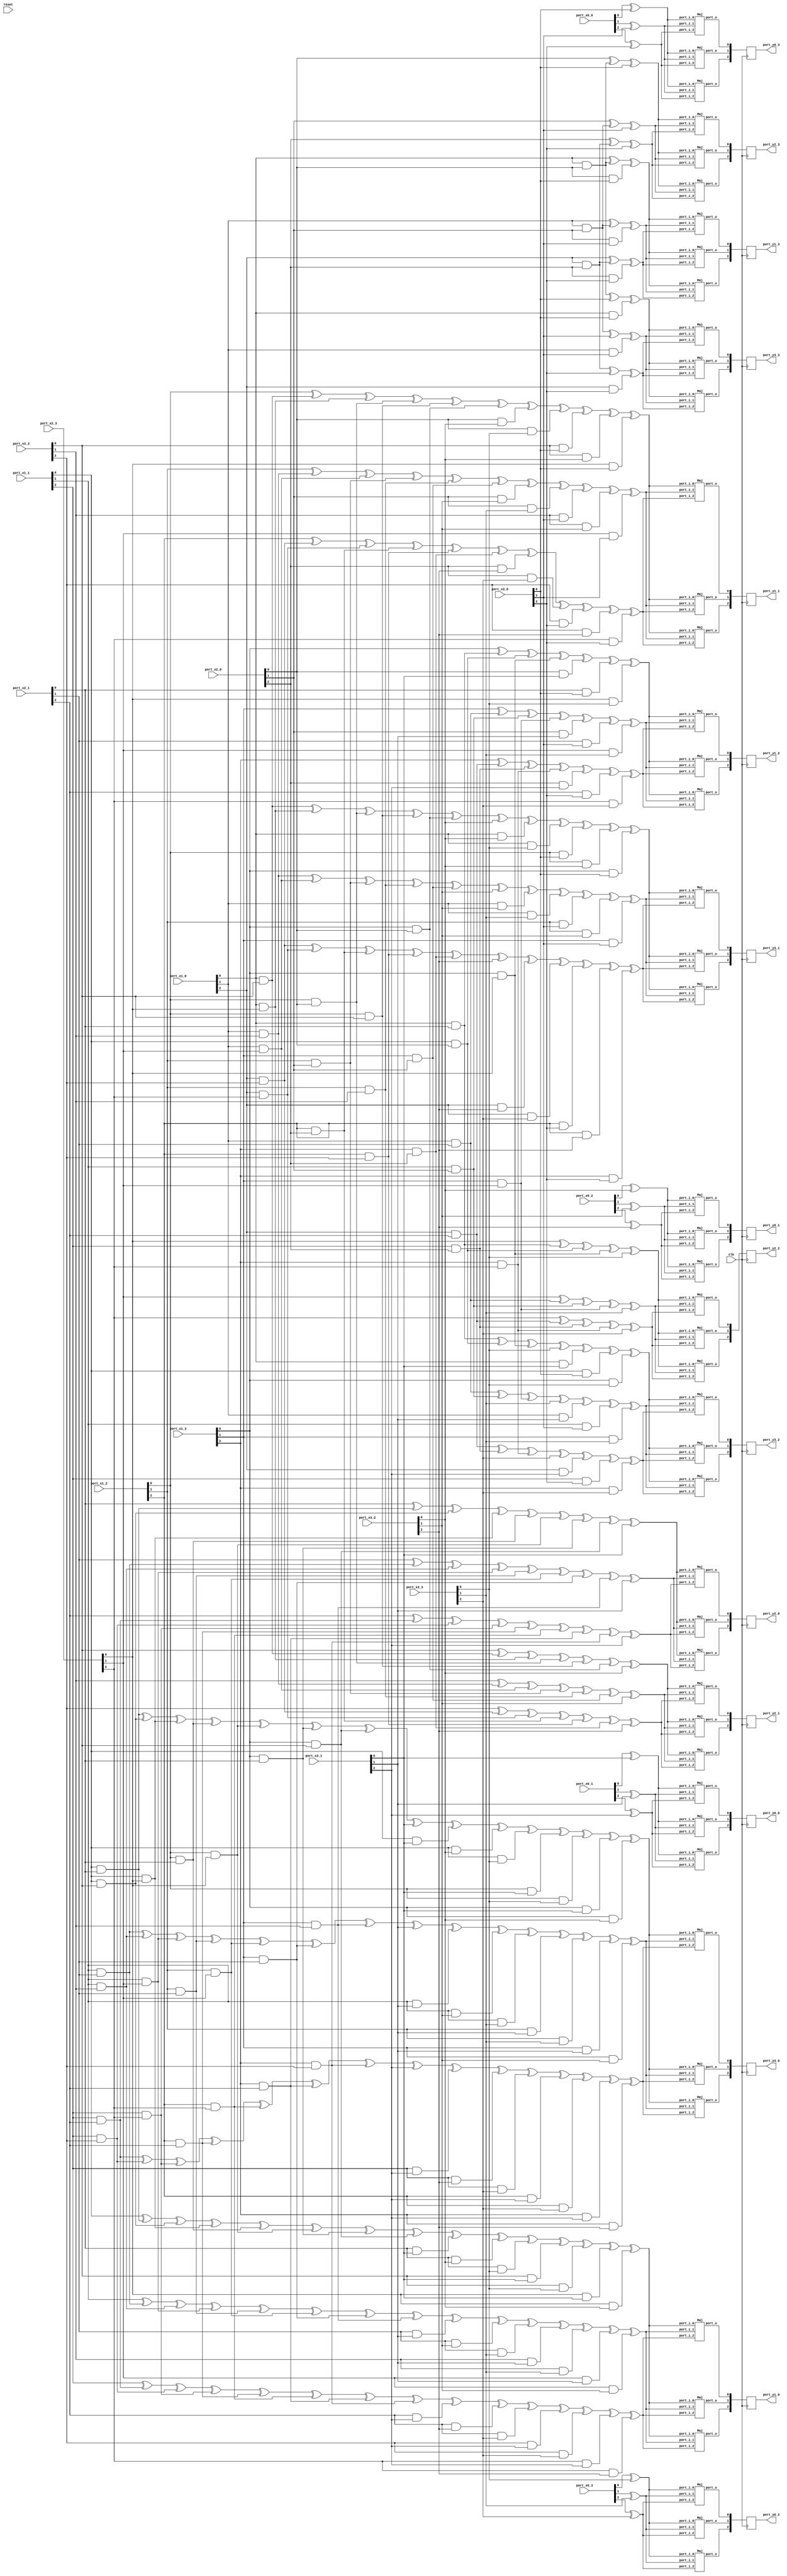
// Generator : SpinalHDL v1.7.3    git head : aeaeece704fe43c766e0d36a93f2ecbb8a9f2003
// Component : Sbox_01234589DC76BAFE_4shares_3replications
// Git hash  : db593c14fe8e83f0a4a5d43cf13325e631d65148

`timescale 1ns/1ps

module Sbox_01234589DC76BAFE_4shares_3replications (
  input      [2:0]    port_x0_0,
  input      [2:0]    port_x0_1,
  input      [2:0]    port_x0_2,
  input      [2:0]    port_x0_3,
  input      [2:0]    port_x1_0,
  input      [2:0]    port_x1_1,
  input      [2:0]    port_x1_2,
  input      [2:0]    port_x1_3,
  input      [2:0]    port_x2_0,
  input      [2:0]    port_x2_1,
  input      [2:0]    port_x2_2,
  input      [2:0]    port_x2_3,
  input      [2:0]    port_x3_0,
  input      [2:0]    port_x3_1,
  input      [2:0]    port_x3_2,
  input      [2:0]    port_x3_3,
  output     [2:0]    port_y0_0,
  output     [2:0]    port_y0_1,
  output     [2:0]    port_y0_2,
  output     [2:0]    port_y0_3,
  output     [2:0]    port_y1_0,
  output     [2:0]    port_y1_1,
  output     [2:0]    port_y1_2,
  output     [2:0]    port_y1_3,
  output     [2:0]    port_y2_0,
  output     [2:0]    port_y2_1,
  output     [2:0]    port_y2_2,
  output     [2:0]    port_y2_3,
  output     [2:0]    port_y3_0,
  output     [2:0]    port_y3_1,
  output     [2:0]    port_y3_2,
  output     [2:0]    port_y3_3,
  input               clk,
  input               reset
);

  wire                maj_48_port_o;
  wire                maj_49_port_o;
  wire                maj_50_port_o;
  wire                maj_51_port_o;
  wire                maj_52_port_o;
  wire                maj_53_port_o;
  wire                maj_54_port_o;
  wire                maj_55_port_o;
  wire                maj_56_port_o;
  wire                maj_57_port_o;
  wire                maj_58_port_o;
  wire                maj_59_port_o;
  wire                maj_60_port_o;
  wire                maj_61_port_o;
  wire                maj_62_port_o;
  wire                maj_63_port_o;
  wire                maj_64_port_o;
  wire                maj_65_port_o;
  wire                maj_66_port_o;
  wire                maj_67_port_o;
  wire                maj_68_port_o;
  wire                maj_69_port_o;
  wire                maj_70_port_o;
  wire                maj_71_port_o;
  wire                maj_72_port_o;
  wire                maj_73_port_o;
  wire                maj_74_port_o;
  wire                maj_75_port_o;
  wire                maj_76_port_o;
  wire                maj_77_port_o;
  wire                maj_78_port_o;
  wire                maj_79_port_o;
  wire                maj_80_port_o;
  wire                maj_81_port_o;
  wire                maj_82_port_o;
  wire                maj_83_port_o;
  wire                maj_84_port_o;
  wire                maj_85_port_o;
  wire                maj_86_port_o;
  wire                maj_87_port_o;
  wire                maj_88_port_o;
  wire                maj_89_port_o;
  wire                maj_90_port_o;
  wire                maj_91_port_o;
  wire                maj_92_port_o;
  wire                maj_93_port_o;
  wire                maj_94_port_o;
  wire                maj_95_port_o;
  wire                _zz_t1_0_0;
  wire                _zz_t1_0_0_1;
  wire                _zz_t1_0_0_2;
  wire                _zz_t1_0_0_3;
  wire                _zz_t1_1_0;
  wire                _zz_t1_1_0_1;
  wire                _zz_t1_1_0_2;
  wire                _zz_t1_1_0_3;
  wire                _zz_t1_0_1;
  wire                _zz_t1_0_1_1;
  wire                _zz_t1_0_1_2;
  wire                _zz_t1_0_1_3;
  wire                _zz_t1_1_1;
  wire                _zz_t1_1_1_1;
  wire                _zz_t1_1_1_2;
  wire                _zz_t1_1_1_3;
  wire                _zz_t1_0_2;
  wire                _zz_t1_0_2_1;
  wire                _zz_t1_0_2_2;
  wire                _zz_t1_0_2_3;
  wire                _zz_t1_1_2;
  wire                _zz_t1_1_2_1;
  wire                _zz_t1_1_2_2;
  wire                _zz_t1_1_2_3;
  wire                _zz_t3_0_0;
  wire                _zz_t3_0_0_1;
  wire                _zz_t3_1_0;
  wire                _zz_t3_1_0_1;
  wire                _zz_t3_1_0_2;
  wire                _zz_t3_1_0_3;
  wire                _zz_t3_0_1;
  wire                _zz_t3_0_1_1;
  wire                _zz_t3_1_1;
  wire                _zz_t3_1_1_1;
  wire                _zz_t3_1_1_2;
  wire                _zz_t3_1_1_3;
  wire                _zz_t3_0_2;
  wire                _zz_t3_0_2_1;
  wire                _zz_t3_1_2;
  wire                _zz_t3_1_2_1;
  wire                _zz_t3_1_2_2;
  wire                _zz_t3_1_2_3;
  wire                t0_0_0;
  wire                t0_0_1;
  wire                t0_0_2;
  wire                t0_1_0;
  wire                t0_1_1;
  wire                t0_1_2;
  wire                t0_2_0;
  wire                t0_2_1;
  wire                t0_2_2;
  wire                t0_3_0;
  wire                t0_3_1;
  wire                t0_3_2;
  reg        [2:0]    reg_y0_0;
  reg        [2:0]    reg_y0_1;
  reg        [2:0]    reg_y0_2;
  reg        [2:0]    reg_y0_3;
  wire                t1_0_0;
  wire                t1_0_1;
  wire                t1_0_2;
  wire                t1_1_0;
  wire                t1_1_1;
  wire                t1_1_2;
  wire                t1_2_0;
  wire                t1_2_1;
  wire                t1_2_2;
  wire                t1_3_0;
  wire                t1_3_1;
  wire                t1_3_2;
  reg        [2:0]    reg_y1_0;
  reg        [2:0]    reg_y1_1;
  reg        [2:0]    reg_y1_2;
  reg        [2:0]    reg_y1_3;
  wire                t2_0_0;
  wire                t2_0_1;
  wire                t2_0_2;
  wire                t2_1_0;
  wire                t2_1_1;
  wire                t2_1_2;
  wire                t2_2_0;
  wire                t2_2_1;
  wire                t2_2_2;
  wire                t2_3_0;
  wire                t2_3_1;
  wire                t2_3_2;
  reg        [2:0]    reg_y2_0;
  reg        [2:0]    reg_y2_1;
  reg        [2:0]    reg_y2_2;
  reg        [2:0]    reg_y2_3;
  wire                t3_0_0;
  wire                t3_0_1;
  wire                t3_0_2;
  wire                t3_1_0;
  wire                t3_1_1;
  wire                t3_1_2;
  wire                t3_2_0;
  wire                t3_2_1;
  wire                t3_2_2;
  wire                t3_3_0;
  wire                t3_3_1;
  wire                t3_3_2;
  reg        [2:0]    reg_y3_0;
  reg        [2:0]    reg_y3_1;
  reg        [2:0]    reg_y3_2;
  reg        [2:0]    reg_y3_3;

  assign _zz_t1_0_0 = (((((port_x1_1[0] ^ (port_x1_1[0] && port_x2_1[0])) ^ (port_x1_1[0] && port_x2_2[0])) ^ (port_x1_1[0] && port_x2_3[0])) ^ (port_x1_2[0] && port_x2_1[0])) ^ (port_x1_2[0] && port_x2_3[0]));
  assign _zz_t1_0_0_1 = (port_x1_3[0] && port_x2_1[0]);
  assign _zz_t1_0_0_2 = port_x1_3[0];
  assign _zz_t1_0_0_3 = port_x2_2[0];
  assign _zz_t1_1_0 = (port_x1_2[0] ^ (port_x1_0[0] && port_x2_2[0]));
  assign _zz_t1_1_0_1 = (port_x1_0[0] && port_x2_3[0]);
  assign _zz_t1_1_0_2 = port_x1_2[0];
  assign _zz_t1_1_0_3 = port_x2_0[0];
  assign _zz_t1_0_1 = (((((port_x1_1[1] ^ (port_x1_1[1] && port_x2_1[1])) ^ (port_x1_1[1] && port_x2_2[1])) ^ (port_x1_1[1] && port_x2_3[1])) ^ (port_x1_2[1] && port_x2_1[1])) ^ (port_x1_2[1] && port_x2_3[1]));
  assign _zz_t1_0_1_1 = (port_x1_3[1] && port_x2_1[1]);
  assign _zz_t1_0_1_2 = port_x1_3[1];
  assign _zz_t1_0_1_3 = port_x2_2[1];
  assign _zz_t1_1_1 = (port_x1_2[1] ^ (port_x1_0[1] && port_x2_2[1]));
  assign _zz_t1_1_1_1 = (port_x1_0[1] && port_x2_3[1]);
  assign _zz_t1_1_1_2 = port_x1_2[1];
  assign _zz_t1_1_1_3 = port_x2_0[1];
  assign _zz_t1_0_2 = (((((port_x1_1[2] ^ (port_x1_1[2] && port_x2_1[2])) ^ (port_x1_1[2] && port_x2_2[2])) ^ (port_x1_1[2] && port_x2_3[2])) ^ (port_x1_2[2] && port_x2_1[2])) ^ (port_x1_2[2] && port_x2_3[2]));
  assign _zz_t1_0_2_1 = (port_x1_3[2] && port_x2_1[2]);
  assign _zz_t1_0_2_2 = port_x1_3[2];
  assign _zz_t1_0_2_3 = port_x2_2[2];
  assign _zz_t1_1_2 = (port_x1_2[2] ^ (port_x1_0[2] && port_x2_2[2]));
  assign _zz_t1_1_2_1 = (port_x1_0[2] && port_x2_3[2]);
  assign _zz_t1_1_2_2 = port_x1_2[2];
  assign _zz_t1_1_2_3 = port_x2_0[2];
  assign _zz_t3_0_0 = ((((((port_x1_1[0] && port_x2_1[0]) ^ (port_x1_1[0] && port_x2_2[0])) ^ (port_x1_1[0] && port_x2_3[0])) ^ (port_x1_2[0] && port_x2_1[0])) ^ (port_x1_2[0] && port_x2_3[0])) ^ (port_x1_3[0] && port_x2_1[0]));
  assign _zz_t3_0_0_1 = (port_x1_3[0] && port_x2_2[0]);
  assign _zz_t3_1_0 = ((port_x1_0[0] && port_x2_2[0]) ^ (port_x1_0[0] && port_x2_3[0]));
  assign _zz_t3_1_0_1 = (port_x1_2[0] && port_x2_0[0]);
  assign _zz_t3_1_0_2 = port_x1_2[0];
  assign _zz_t3_1_0_3 = port_x2_2[0];
  assign _zz_t3_0_1 = ((((((port_x1_1[1] && port_x2_1[1]) ^ (port_x1_1[1] && port_x2_2[1])) ^ (port_x1_1[1] && port_x2_3[1])) ^ (port_x1_2[1] && port_x2_1[1])) ^ (port_x1_2[1] && port_x2_3[1])) ^ (port_x1_3[1] && port_x2_1[1]));
  assign _zz_t3_0_1_1 = (port_x1_3[1] && port_x2_2[1]);
  assign _zz_t3_1_1 = ((port_x1_0[1] && port_x2_2[1]) ^ (port_x1_0[1] && port_x2_3[1]));
  assign _zz_t3_1_1_1 = (port_x1_2[1] && port_x2_0[1]);
  assign _zz_t3_1_1_2 = port_x1_2[1];
  assign _zz_t3_1_1_3 = port_x2_2[1];
  assign _zz_t3_0_2 = ((((((port_x1_1[2] && port_x2_1[2]) ^ (port_x1_1[2] && port_x2_2[2])) ^ (port_x1_1[2] && port_x2_3[2])) ^ (port_x1_2[2] && port_x2_1[2])) ^ (port_x1_2[2] && port_x2_3[2])) ^ (port_x1_3[2] && port_x2_1[2]));
  assign _zz_t3_0_2_1 = (port_x1_3[2] && port_x2_2[2]);
  assign _zz_t3_1_2 = ((port_x1_0[2] && port_x2_2[2]) ^ (port_x1_0[2] && port_x2_3[2]));
  assign _zz_t3_1_2_1 = (port_x1_2[2] && port_x2_0[2]);
  assign _zz_t3_1_2_2 = port_x1_2[2];
  assign _zz_t3_1_2_3 = port_x2_2[2];
  Maj maj_48 (
    .port_i_0 (t0_0_0       ), //i
    .port_i_1 (t0_0_1       ), //i
    .port_i_2 (t0_0_2       ), //i
    .port_o   (maj_48_port_o)  //o
  );
  Maj maj_49 (
    .port_i_0 (t0_1_0       ), //i
    .port_i_1 (t0_1_1       ), //i
    .port_i_2 (t0_1_2       ), //i
    .port_o   (maj_49_port_o)  //o
  );
  Maj maj_50 (
    .port_i_0 (t0_2_0       ), //i
    .port_i_1 (t0_2_1       ), //i
    .port_i_2 (t0_2_2       ), //i
    .port_o   (maj_50_port_o)  //o
  );
  Maj maj_51 (
    .port_i_0 (t0_3_0       ), //i
    .port_i_1 (t0_3_1       ), //i
    .port_i_2 (t0_3_2       ), //i
    .port_o   (maj_51_port_o)  //o
  );
  Maj maj_52 (
    .port_i_0 (t0_0_0       ), //i
    .port_i_1 (t0_0_1       ), //i
    .port_i_2 (t0_0_2       ), //i
    .port_o   (maj_52_port_o)  //o
  );
  Maj maj_53 (
    .port_i_0 (t0_1_0       ), //i
    .port_i_1 (t0_1_1       ), //i
    .port_i_2 (t0_1_2       ), //i
    .port_o   (maj_53_port_o)  //o
  );
  Maj maj_54 (
    .port_i_0 (t0_2_0       ), //i
    .port_i_1 (t0_2_1       ), //i
    .port_i_2 (t0_2_2       ), //i
    .port_o   (maj_54_port_o)  //o
  );
  Maj maj_55 (
    .port_i_0 (t0_3_0       ), //i
    .port_i_1 (t0_3_1       ), //i
    .port_i_2 (t0_3_2       ), //i
    .port_o   (maj_55_port_o)  //o
  );
  Maj maj_56 (
    .port_i_0 (t0_0_0       ), //i
    .port_i_1 (t0_0_1       ), //i
    .port_i_2 (t0_0_2       ), //i
    .port_o   (maj_56_port_o)  //o
  );
  Maj maj_57 (
    .port_i_0 (t0_1_0       ), //i
    .port_i_1 (t0_1_1       ), //i
    .port_i_2 (t0_1_2       ), //i
    .port_o   (maj_57_port_o)  //o
  );
  Maj maj_58 (
    .port_i_0 (t0_2_0       ), //i
    .port_i_1 (t0_2_1       ), //i
    .port_i_2 (t0_2_2       ), //i
    .port_o   (maj_58_port_o)  //o
  );
  Maj maj_59 (
    .port_i_0 (t0_3_0       ), //i
    .port_i_1 (t0_3_1       ), //i
    .port_i_2 (t0_3_2       ), //i
    .port_o   (maj_59_port_o)  //o
  );
  Maj maj_60 (
    .port_i_0 (t1_0_0       ), //i
    .port_i_1 (t1_0_1       ), //i
    .port_i_2 (t1_0_2       ), //i
    .port_o   (maj_60_port_o)  //o
  );
  Maj maj_61 (
    .port_i_0 (t1_1_0       ), //i
    .port_i_1 (t1_1_1       ), //i
    .port_i_2 (t1_1_2       ), //i
    .port_o   (maj_61_port_o)  //o
  );
  Maj maj_62 (
    .port_i_0 (t1_2_0       ), //i
    .port_i_1 (t1_2_1       ), //i
    .port_i_2 (t1_2_2       ), //i
    .port_o   (maj_62_port_o)  //o
  );
  Maj maj_63 (
    .port_i_0 (t1_3_0       ), //i
    .port_i_1 (t1_3_1       ), //i
    .port_i_2 (t1_3_2       ), //i
    .port_o   (maj_63_port_o)  //o
  );
  Maj maj_64 (
    .port_i_0 (t1_0_0       ), //i
    .port_i_1 (t1_0_1       ), //i
    .port_i_2 (t1_0_2       ), //i
    .port_o   (maj_64_port_o)  //o
  );
  Maj maj_65 (
    .port_i_0 (t1_1_0       ), //i
    .port_i_1 (t1_1_1       ), //i
    .port_i_2 (t1_1_2       ), //i
    .port_o   (maj_65_port_o)  //o
  );
  Maj maj_66 (
    .port_i_0 (t1_2_0       ), //i
    .port_i_1 (t1_2_1       ), //i
    .port_i_2 (t1_2_2       ), //i
    .port_o   (maj_66_port_o)  //o
  );
  Maj maj_67 (
    .port_i_0 (t1_3_0       ), //i
    .port_i_1 (t1_3_1       ), //i
    .port_i_2 (t1_3_2       ), //i
    .port_o   (maj_67_port_o)  //o
  );
  Maj maj_68 (
    .port_i_0 (t1_0_0       ), //i
    .port_i_1 (t1_0_1       ), //i
    .port_i_2 (t1_0_2       ), //i
    .port_o   (maj_68_port_o)  //o
  );
  Maj maj_69 (
    .port_i_0 (t1_1_0       ), //i
    .port_i_1 (t1_1_1       ), //i
    .port_i_2 (t1_1_2       ), //i
    .port_o   (maj_69_port_o)  //o
  );
  Maj maj_70 (
    .port_i_0 (t1_2_0       ), //i
    .port_i_1 (t1_2_1       ), //i
    .port_i_2 (t1_2_2       ), //i
    .port_o   (maj_70_port_o)  //o
  );
  Maj maj_71 (
    .port_i_0 (t1_3_0       ), //i
    .port_i_1 (t1_3_1       ), //i
    .port_i_2 (t1_3_2       ), //i
    .port_o   (maj_71_port_o)  //o
  );
  Maj maj_72 (
    .port_i_0 (t2_0_0       ), //i
    .port_i_1 (t2_0_1       ), //i
    .port_i_2 (t2_0_2       ), //i
    .port_o   (maj_72_port_o)  //o
  );
  Maj maj_73 (
    .port_i_0 (t2_1_0       ), //i
    .port_i_1 (t2_1_1       ), //i
    .port_i_2 (t2_1_2       ), //i
    .port_o   (maj_73_port_o)  //o
  );
  Maj maj_74 (
    .port_i_0 (t2_2_0       ), //i
    .port_i_1 (t2_2_1       ), //i
    .port_i_2 (t2_2_2       ), //i
    .port_o   (maj_74_port_o)  //o
  );
  Maj maj_75 (
    .port_i_0 (t2_3_0       ), //i
    .port_i_1 (t2_3_1       ), //i
    .port_i_2 (t2_3_2       ), //i
    .port_o   (maj_75_port_o)  //o
  );
  Maj maj_76 (
    .port_i_0 (t2_0_0       ), //i
    .port_i_1 (t2_0_1       ), //i
    .port_i_2 (t2_0_2       ), //i
    .port_o   (maj_76_port_o)  //o
  );
  Maj maj_77 (
    .port_i_0 (t2_1_0       ), //i
    .port_i_1 (t2_1_1       ), //i
    .port_i_2 (t2_1_2       ), //i
    .port_o   (maj_77_port_o)  //o
  );
  Maj maj_78 (
    .port_i_0 (t2_2_0       ), //i
    .port_i_1 (t2_2_1       ), //i
    .port_i_2 (t2_2_2       ), //i
    .port_o   (maj_78_port_o)  //o
  );
  Maj maj_79 (
    .port_i_0 (t2_3_0       ), //i
    .port_i_1 (t2_3_1       ), //i
    .port_i_2 (t2_3_2       ), //i
    .port_o   (maj_79_port_o)  //o
  );
  Maj maj_80 (
    .port_i_0 (t2_0_0       ), //i
    .port_i_1 (t2_0_1       ), //i
    .port_i_2 (t2_0_2       ), //i
    .port_o   (maj_80_port_o)  //o
  );
  Maj maj_81 (
    .port_i_0 (t2_1_0       ), //i
    .port_i_1 (t2_1_1       ), //i
    .port_i_2 (t2_1_2       ), //i
    .port_o   (maj_81_port_o)  //o
  );
  Maj maj_82 (
    .port_i_0 (t2_2_0       ), //i
    .port_i_1 (t2_2_1       ), //i
    .port_i_2 (t2_2_2       ), //i
    .port_o   (maj_82_port_o)  //o
  );
  Maj maj_83 (
    .port_i_0 (t2_3_0       ), //i
    .port_i_1 (t2_3_1       ), //i
    .port_i_2 (t2_3_2       ), //i
    .port_o   (maj_83_port_o)  //o
  );
  Maj maj_84 (
    .port_i_0 (t3_0_0       ), //i
    .port_i_1 (t3_0_1       ), //i
    .port_i_2 (t3_0_2       ), //i
    .port_o   (maj_84_port_o)  //o
  );
  Maj maj_85 (
    .port_i_0 (t3_1_0       ), //i
    .port_i_1 (t3_1_1       ), //i
    .port_i_2 (t3_1_2       ), //i
    .port_o   (maj_85_port_o)  //o
  );
  Maj maj_86 (
    .port_i_0 (t3_2_0       ), //i
    .port_i_1 (t3_2_1       ), //i
    .port_i_2 (t3_2_2       ), //i
    .port_o   (maj_86_port_o)  //o
  );
  Maj maj_87 (
    .port_i_0 (t3_3_0       ), //i
    .port_i_1 (t3_3_1       ), //i
    .port_i_2 (t3_3_2       ), //i
    .port_o   (maj_87_port_o)  //o
  );
  Maj maj_88 (
    .port_i_0 (t3_0_0       ), //i
    .port_i_1 (t3_0_1       ), //i
    .port_i_2 (t3_0_2       ), //i
    .port_o   (maj_88_port_o)  //o
  );
  Maj maj_89 (
    .port_i_0 (t3_1_0       ), //i
    .port_i_1 (t3_1_1       ), //i
    .port_i_2 (t3_1_2       ), //i
    .port_o   (maj_89_port_o)  //o
  );
  Maj maj_90 (
    .port_i_0 (t3_2_0       ), //i
    .port_i_1 (t3_2_1       ), //i
    .port_i_2 (t3_2_2       ), //i
    .port_o   (maj_90_port_o)  //o
  );
  Maj maj_91 (
    .port_i_0 (t3_3_0       ), //i
    .port_i_1 (t3_3_1       ), //i
    .port_i_2 (t3_3_2       ), //i
    .port_o   (maj_91_port_o)  //o
  );
  Maj maj_92 (
    .port_i_0 (t3_0_0       ), //i
    .port_i_1 (t3_0_1       ), //i
    .port_i_2 (t3_0_2       ), //i
    .port_o   (maj_92_port_o)  //o
  );
  Maj maj_93 (
    .port_i_0 (t3_1_0       ), //i
    .port_i_1 (t3_1_1       ), //i
    .port_i_2 (t3_1_2       ), //i
    .port_o   (maj_93_port_o)  //o
  );
  Maj maj_94 (
    .port_i_0 (t3_2_0       ), //i
    .port_i_1 (t3_2_1       ), //i
    .port_i_2 (t3_2_2       ), //i
    .port_o   (maj_94_port_o)  //o
  );
  Maj maj_95 (
    .port_i_0 (t3_3_0       ), //i
    .port_i_1 (t3_3_1       ), //i
    .port_i_2 (t3_3_2       ), //i
    .port_o   (maj_95_port_o)  //o
  );
  assign t0_0_0 = (port_x0_1[0] ^ port_x3_1[0]);
  assign t0_1_0 = (port_x0_2[0] ^ port_x3_2[0]);
  assign t0_2_0 = (port_x0_3[0] ^ port_x3_3[0]);
  assign t0_3_0 = (port_x0_0[0] ^ port_x3_0[0]);
  assign t0_0_1 = (port_x0_1[1] ^ port_x3_1[1]);
  assign t0_1_1 = (port_x0_2[1] ^ port_x3_2[1]);
  assign t0_2_1 = (port_x0_3[1] ^ port_x3_3[1]);
  assign t0_3_1 = (port_x0_0[1] ^ port_x3_0[1]);
  assign t0_0_2 = (port_x0_1[2] ^ port_x3_1[2]);
  assign t0_1_2 = (port_x0_2[2] ^ port_x3_2[2]);
  assign t0_2_2 = (port_x0_3[2] ^ port_x3_3[2]);
  assign t0_3_2 = (port_x0_0[2] ^ port_x3_0[2]);
  assign port_y0_0 = reg_y0_0;
  assign port_y0_1 = reg_y0_1;
  assign port_y0_2 = reg_y0_2;
  assign port_y0_3 = reg_y0_3;
  assign t1_0_0 = (((((((((_zz_t1_0_0 ^ _zz_t1_0_0_1) ^ (_zz_t1_0_0_2 && _zz_t1_0_0_3)) ^ (port_x2_1[0] && port_x3_1[0])) ^ (port_x2_1[0] && port_x3_2[0])) ^ (port_x2_1[0] && port_x3_3[0])) ^ (port_x2_2[0] && port_x3_1[0])) ^ (port_x2_2[0] && port_x3_3[0])) ^ (port_x2_3[0] && port_x3_1[0])) ^ (port_x2_3[0] && port_x3_2[0]));
  assign t1_1_0 = (((((((((_zz_t1_1_0 ^ _zz_t1_1_0_1) ^ (_zz_t1_1_0_2 && _zz_t1_1_0_3)) ^ (port_x1_2[0] && port_x2_2[0])) ^ (port_x1_3[0] && port_x2_0[0])) ^ (port_x2_0[0] && port_x3_2[0])) ^ (port_x2_0[0] && port_x3_3[0])) ^ (port_x2_2[0] && port_x3_0[0])) ^ (port_x2_2[0] && port_x3_2[0])) ^ (port_x2_3[0] && port_x3_0[0]));
  assign t1_2_0 = ((((((port_x1_3[0] ^ (port_x1_0[0] && port_x2_1[0])) ^ (port_x1_1[0] && port_x2_0[0])) ^ (port_x1_3[0] && port_x2_3[0])) ^ (port_x2_0[0] && port_x3_1[0])) ^ (port_x2_1[0] && port_x3_0[0])) ^ (port_x2_3[0] && port_x3_3[0]));
  assign t1_3_0 = ((port_x1_0[0] ^ (port_x1_0[0] && port_x2_0[0])) ^ (port_x2_0[0] && port_x3_0[0]));
  assign t1_0_1 = (((((((((_zz_t1_0_1 ^ _zz_t1_0_1_1) ^ (_zz_t1_0_1_2 && _zz_t1_0_1_3)) ^ (port_x2_1[1] && port_x3_1[1])) ^ (port_x2_1[1] && port_x3_2[1])) ^ (port_x2_1[1] && port_x3_3[1])) ^ (port_x2_2[1] && port_x3_1[1])) ^ (port_x2_2[1] && port_x3_3[1])) ^ (port_x2_3[1] && port_x3_1[1])) ^ (port_x2_3[1] && port_x3_2[1]));
  assign t1_1_1 = (((((((((_zz_t1_1_1 ^ _zz_t1_1_1_1) ^ (_zz_t1_1_1_2 && _zz_t1_1_1_3)) ^ (port_x1_2[1] && port_x2_2[1])) ^ (port_x1_3[1] && port_x2_0[1])) ^ (port_x2_0[1] && port_x3_2[1])) ^ (port_x2_0[1] && port_x3_3[1])) ^ (port_x2_2[1] && port_x3_0[1])) ^ (port_x2_2[1] && port_x3_2[1])) ^ (port_x2_3[1] && port_x3_0[1]));
  assign t1_2_1 = ((((((port_x1_3[1] ^ (port_x1_0[1] && port_x2_1[1])) ^ (port_x1_1[1] && port_x2_0[1])) ^ (port_x1_3[1] && port_x2_3[1])) ^ (port_x2_0[1] && port_x3_1[1])) ^ (port_x2_1[1] && port_x3_0[1])) ^ (port_x2_3[1] && port_x3_3[1]));
  assign t1_3_1 = ((port_x1_0[1] ^ (port_x1_0[1] && port_x2_0[1])) ^ (port_x2_0[1] && port_x3_0[1]));
  assign t1_0_2 = (((((((((_zz_t1_0_2 ^ _zz_t1_0_2_1) ^ (_zz_t1_0_2_2 && _zz_t1_0_2_3)) ^ (port_x2_1[2] && port_x3_1[2])) ^ (port_x2_1[2] && port_x3_2[2])) ^ (port_x2_1[2] && port_x3_3[2])) ^ (port_x2_2[2] && port_x3_1[2])) ^ (port_x2_2[2] && port_x3_3[2])) ^ (port_x2_3[2] && port_x3_1[2])) ^ (port_x2_3[2] && port_x3_2[2]));
  assign t1_1_2 = (((((((((_zz_t1_1_2 ^ _zz_t1_1_2_1) ^ (_zz_t1_1_2_2 && _zz_t1_1_2_3)) ^ (port_x1_2[2] && port_x2_2[2])) ^ (port_x1_3[2] && port_x2_0[2])) ^ (port_x2_0[2] && port_x3_2[2])) ^ (port_x2_0[2] && port_x3_3[2])) ^ (port_x2_2[2] && port_x3_0[2])) ^ (port_x2_2[2] && port_x3_2[2])) ^ (port_x2_3[2] && port_x3_0[2]));
  assign t1_2_2 = ((((((port_x1_3[2] ^ (port_x1_0[2] && port_x2_1[2])) ^ (port_x1_1[2] && port_x2_0[2])) ^ (port_x1_3[2] && port_x2_3[2])) ^ (port_x2_0[2] && port_x3_1[2])) ^ (port_x2_1[2] && port_x3_0[2])) ^ (port_x2_3[2] && port_x3_3[2]));
  assign t1_3_2 = ((port_x1_0[2] ^ (port_x1_0[2] && port_x2_0[2])) ^ (port_x2_0[2] && port_x3_0[2]));
  assign port_y1_0 = reg_y1_0;
  assign port_y1_1 = reg_y1_1;
  assign port_y1_2 = reg_y1_2;
  assign port_y1_3 = reg_y1_3;
  assign t2_0_0 = ((((((((port_x2_1[0] ^ (port_x1_1[0] && port_x2_1[0])) ^ (port_x1_1[0] && port_x2_2[0])) ^ (port_x1_1[0] && port_x2_3[0])) ^ (port_x1_2[0] && port_x2_1[0])) ^ (port_x1_2[0] && port_x2_3[0])) ^ (port_x1_3[0] && port_x2_1[0])) ^ (port_x1_3[0] && port_x2_2[0])) ^ port_x3_1[0]);
  assign t2_1_0 = ((((((port_x2_2[0] ^ (port_x1_0[0] && port_x2_2[0])) ^ (port_x1_0[0] && port_x2_3[0])) ^ (port_x1_2[0] && port_x2_0[0])) ^ (port_x1_2[0] && port_x2_2[0])) ^ (port_x1_3[0] && port_x2_0[0])) ^ port_x3_2[0]);
  assign t2_2_0 = ((((port_x2_3[0] ^ (port_x1_0[0] && port_x2_1[0])) ^ (port_x1_1[0] && port_x2_0[0])) ^ (port_x1_3[0] && port_x2_3[0])) ^ port_x3_3[0]);
  assign t2_3_0 = ((port_x2_0[0] ^ (port_x1_0[0] && port_x2_0[0])) ^ port_x3_0[0]);
  assign t2_0_1 = ((((((((port_x2_1[1] ^ (port_x1_1[1] && port_x2_1[1])) ^ (port_x1_1[1] && port_x2_2[1])) ^ (port_x1_1[1] && port_x2_3[1])) ^ (port_x1_2[1] && port_x2_1[1])) ^ (port_x1_2[1] && port_x2_3[1])) ^ (port_x1_3[1] && port_x2_1[1])) ^ (port_x1_3[1] && port_x2_2[1])) ^ port_x3_1[1]);
  assign t2_1_1 = ((((((port_x2_2[1] ^ (port_x1_0[1] && port_x2_2[1])) ^ (port_x1_0[1] && port_x2_3[1])) ^ (port_x1_2[1] && port_x2_0[1])) ^ (port_x1_2[1] && port_x2_2[1])) ^ (port_x1_3[1] && port_x2_0[1])) ^ port_x3_2[1]);
  assign t2_2_1 = ((((port_x2_3[1] ^ (port_x1_0[1] && port_x2_1[1])) ^ (port_x1_1[1] && port_x2_0[1])) ^ (port_x1_3[1] && port_x2_3[1])) ^ port_x3_3[1]);
  assign t2_3_1 = ((port_x2_0[1] ^ (port_x1_0[1] && port_x2_0[1])) ^ port_x3_0[1]);
  assign t2_0_2 = ((((((((port_x2_1[2] ^ (port_x1_1[2] && port_x2_1[2])) ^ (port_x1_1[2] && port_x2_2[2])) ^ (port_x1_1[2] && port_x2_3[2])) ^ (port_x1_2[2] && port_x2_1[2])) ^ (port_x1_2[2] && port_x2_3[2])) ^ (port_x1_3[2] && port_x2_1[2])) ^ (port_x1_3[2] && port_x2_2[2])) ^ port_x3_1[2]);
  assign t2_1_2 = ((((((port_x2_2[2] ^ (port_x1_0[2] && port_x2_2[2])) ^ (port_x1_0[2] && port_x2_3[2])) ^ (port_x1_2[2] && port_x2_0[2])) ^ (port_x1_2[2] && port_x2_2[2])) ^ (port_x1_3[2] && port_x2_0[2])) ^ port_x3_2[2]);
  assign t2_2_2 = ((((port_x2_3[2] ^ (port_x1_0[2] && port_x2_1[2])) ^ (port_x1_1[2] && port_x2_0[2])) ^ (port_x1_3[2] && port_x2_3[2])) ^ port_x3_3[2]);
  assign t2_3_2 = ((port_x2_0[2] ^ (port_x1_0[2] && port_x2_0[2])) ^ port_x3_0[2]);
  assign port_y2_0 = reg_y2_0;
  assign port_y2_1 = reg_y2_1;
  assign port_y2_2 = reg_y2_2;
  assign port_y2_3 = reg_y2_3;
  assign t3_0_0 = (((((((((_zz_t3_0_0 ^ _zz_t3_0_0_1) ^ port_x3_1[0]) ^ (port_x1_1[0] && port_x3_1[0])) ^ (port_x1_1[0] && port_x3_2[0])) ^ (port_x1_1[0] && port_x3_3[0])) ^ (port_x1_2[0] && port_x3_1[0])) ^ (port_x1_2[0] && port_x3_3[0])) ^ (port_x1_3[0] && port_x3_1[0])) ^ (port_x1_3[0] && port_x3_2[0]));
  assign t3_1_0 = (((((((((_zz_t3_1_0 ^ _zz_t3_1_0_1) ^ (_zz_t3_1_0_2 && _zz_t3_1_0_3)) ^ (port_x1_3[0] && port_x2_0[0])) ^ port_x3_2[0]) ^ (port_x1_0[0] && port_x3_2[0])) ^ (port_x1_0[0] && port_x3_3[0])) ^ (port_x1_2[0] && port_x3_0[0])) ^ (port_x1_2[0] && port_x3_2[0])) ^ (port_x1_3[0] && port_x3_0[0]));
  assign t3_2_0 = (((((((port_x1_0[0] && port_x2_1[0]) ^ (port_x1_1[0] && port_x2_0[0])) ^ (port_x1_3[0] && port_x2_3[0])) ^ port_x3_3[0]) ^ (port_x1_0[0] && port_x3_1[0])) ^ (port_x1_1[0] && port_x3_0[0])) ^ (port_x1_3[0] && port_x3_3[0]));
  assign t3_3_0 = (((port_x1_0[0] && port_x2_0[0]) ^ port_x3_0[0]) ^ (port_x1_0[0] && port_x3_0[0]));
  assign t3_0_1 = (((((((((_zz_t3_0_1 ^ _zz_t3_0_1_1) ^ port_x3_1[1]) ^ (port_x1_1[1] && port_x3_1[1])) ^ (port_x1_1[1] && port_x3_2[1])) ^ (port_x1_1[1] && port_x3_3[1])) ^ (port_x1_2[1] && port_x3_1[1])) ^ (port_x1_2[1] && port_x3_3[1])) ^ (port_x1_3[1] && port_x3_1[1])) ^ (port_x1_3[1] && port_x3_2[1]));
  assign t3_1_1 = (((((((((_zz_t3_1_1 ^ _zz_t3_1_1_1) ^ (_zz_t3_1_1_2 && _zz_t3_1_1_3)) ^ (port_x1_3[1] && port_x2_0[1])) ^ port_x3_2[1]) ^ (port_x1_0[1] && port_x3_2[1])) ^ (port_x1_0[1] && port_x3_3[1])) ^ (port_x1_2[1] && port_x3_0[1])) ^ (port_x1_2[1] && port_x3_2[1])) ^ (port_x1_3[1] && port_x3_0[1]));
  assign t3_2_1 = (((((((port_x1_0[1] && port_x2_1[1]) ^ (port_x1_1[1] && port_x2_0[1])) ^ (port_x1_3[1] && port_x2_3[1])) ^ port_x3_3[1]) ^ (port_x1_0[1] && port_x3_1[1])) ^ (port_x1_1[1] && port_x3_0[1])) ^ (port_x1_3[1] && port_x3_3[1]));
  assign t3_3_1 = (((port_x1_0[1] && port_x2_0[1]) ^ port_x3_0[1]) ^ (port_x1_0[1] && port_x3_0[1]));
  assign t3_0_2 = (((((((((_zz_t3_0_2 ^ _zz_t3_0_2_1) ^ port_x3_1[2]) ^ (port_x1_1[2] && port_x3_1[2])) ^ (port_x1_1[2] && port_x3_2[2])) ^ (port_x1_1[2] && port_x3_3[2])) ^ (port_x1_2[2] && port_x3_1[2])) ^ (port_x1_2[2] && port_x3_3[2])) ^ (port_x1_3[2] && port_x3_1[2])) ^ (port_x1_3[2] && port_x3_2[2]));
  assign t3_1_2 = (((((((((_zz_t3_1_2 ^ _zz_t3_1_2_1) ^ (_zz_t3_1_2_2 && _zz_t3_1_2_3)) ^ (port_x1_3[2] && port_x2_0[2])) ^ port_x3_2[2]) ^ (port_x1_0[2] && port_x3_2[2])) ^ (port_x1_0[2] && port_x3_3[2])) ^ (port_x1_2[2] && port_x3_0[2])) ^ (port_x1_2[2] && port_x3_2[2])) ^ (port_x1_3[2] && port_x3_0[2]));
  assign t3_2_2 = (((((((port_x1_0[2] && port_x2_1[2]) ^ (port_x1_1[2] && port_x2_0[2])) ^ (port_x1_3[2] && port_x2_3[2])) ^ port_x3_3[2]) ^ (port_x1_0[2] && port_x3_1[2])) ^ (port_x1_1[2] && port_x3_0[2])) ^ (port_x1_3[2] && port_x3_3[2]));
  assign t3_3_2 = (((port_x1_0[2] && port_x2_0[2]) ^ port_x3_0[2]) ^ (port_x1_0[2] && port_x3_0[2]));
  assign port_y3_0 = reg_y3_0;
  assign port_y3_1 = reg_y3_1;
  assign port_y3_2 = reg_y3_2;
  assign port_y3_3 = reg_y3_3;
  always @(posedge clk) begin
    reg_y0_0[0] <= maj_48_port_o;
    reg_y0_1[0] <= maj_49_port_o;
    reg_y0_2[0] <= maj_50_port_o;
    reg_y0_3[0] <= maj_51_port_o;
    reg_y0_0[1] <= maj_52_port_o;
    reg_y0_1[1] <= maj_53_port_o;
    reg_y0_2[1] <= maj_54_port_o;
    reg_y0_3[1] <= maj_55_port_o;
    reg_y0_0[2] <= maj_56_port_o;
    reg_y0_1[2] <= maj_57_port_o;
    reg_y0_2[2] <= maj_58_port_o;
    reg_y0_3[2] <= maj_59_port_o;
    reg_y1_0[0] <= maj_60_port_o;
    reg_y1_1[0] <= maj_61_port_o;
    reg_y1_2[0] <= maj_62_port_o;
    reg_y1_3[0] <= maj_63_port_o;
    reg_y1_0[1] <= maj_64_port_o;
    reg_y1_1[1] <= maj_65_port_o;
    reg_y1_2[1] <= maj_66_port_o;
    reg_y1_3[1] <= maj_67_port_o;
    reg_y1_0[2] <= maj_68_port_o;
    reg_y1_1[2] <= maj_69_port_o;
    reg_y1_2[2] <= maj_70_port_o;
    reg_y1_3[2] <= maj_71_port_o;
    reg_y2_0[0] <= maj_72_port_o;
    reg_y2_1[0] <= maj_73_port_o;
    reg_y2_2[0] <= maj_74_port_o;
    reg_y2_3[0] <= maj_75_port_o;
    reg_y2_0[1] <= maj_76_port_o;
    reg_y2_1[1] <= maj_77_port_o;
    reg_y2_2[1] <= maj_78_port_o;
    reg_y2_3[1] <= maj_79_port_o;
    reg_y2_0[2] <= maj_80_port_o;
    reg_y2_1[2] <= maj_81_port_o;
    reg_y2_2[2] <= maj_82_port_o;
    reg_y2_3[2] <= maj_83_port_o;
    reg_y3_0[0] <= maj_84_port_o;
    reg_y3_1[0] <= maj_85_port_o;
    reg_y3_2[0] <= maj_86_port_o;
    reg_y3_3[0] <= maj_87_port_o;
    reg_y3_0[1] <= maj_88_port_o;
    reg_y3_1[1] <= maj_89_port_o;
    reg_y3_2[1] <= maj_90_port_o;
    reg_y3_3[1] <= maj_91_port_o;
    reg_y3_0[2] <= maj_92_port_o;
    reg_y3_1[2] <= maj_93_port_o;
    reg_y3_2[2] <= maj_94_port_o;
    reg_y3_3[2] <= maj_95_port_o;
  end


endmodule

//Maj replaced by Maj

//Maj replaced by Maj

//Maj replaced by Maj

//Maj replaced by Maj

//Maj replaced by Maj

//Maj replaced by Maj

//Maj replaced by Maj

//Maj replaced by Maj

//Maj replaced by Maj

//Maj replaced by Maj

//Maj replaced by Maj

//Maj replaced by Maj

//Maj replaced by Maj

//Maj replaced by Maj

//Maj replaced by Maj

//Maj replaced by Maj

//Maj replaced by Maj

//Maj replaced by Maj

//Maj replaced by Maj

//Maj replaced by Maj

//Maj replaced by Maj

//Maj replaced by Maj

//Maj replaced by Maj

//Maj replaced by Maj

//Maj replaced by Maj

//Maj replaced by Maj

//Maj replaced by Maj

//Maj replaced by Maj

//Maj replaced by Maj

//Maj replaced by Maj

//Maj replaced by Maj

//Maj replaced by Maj

//Maj replaced by Maj

//Maj replaced by Maj

//Maj replaced by Maj

//Maj replaced by Maj

//Maj replaced by Maj

//Maj replaced by Maj

//Maj replaced by Maj

//Maj replaced by Maj

//Maj replaced by Maj

//Maj replaced by Maj

//Maj replaced by Maj

//Maj replaced by Maj

//Maj replaced by Maj

//Maj replaced by Maj

//Maj replaced by Maj

module Maj (
  input               port_i_0,
  input               port_i_1,
  input               port_i_2,
  output              port_o
);

  wire                t0;
  wire                t1;
  wire                t2;

  assign t0 = (port_i_0 && port_i_2);
  assign t1 = (port_i_0 || port_i_2);
  assign t2 = (t0 || port_i_1);
  assign port_o = (t2 && t1);

endmodule